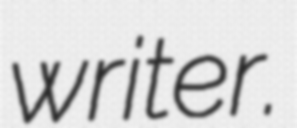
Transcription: writer.